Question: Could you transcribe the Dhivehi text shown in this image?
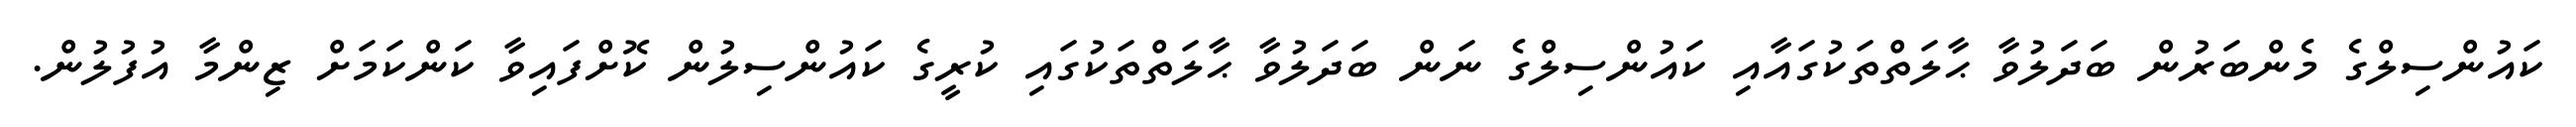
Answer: ކައުންސިލްގެ މެންބަރުން ބަދަލުވާ ޙާލަތްތަކުގައާއި ކައުންސިލްގެ ނަން ބަދަލުވާ ޙާލަތްތަކުގައި ކުރީގެ ކައުންސިލުން ކޮށްފައިވާ ކަންކަމަށް ޒިންމާ އުފުލުން.